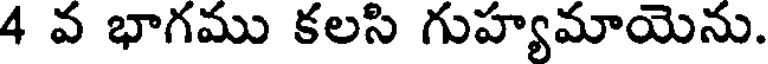
4 వ భాగము కలసి గుహ్యమాయెను.